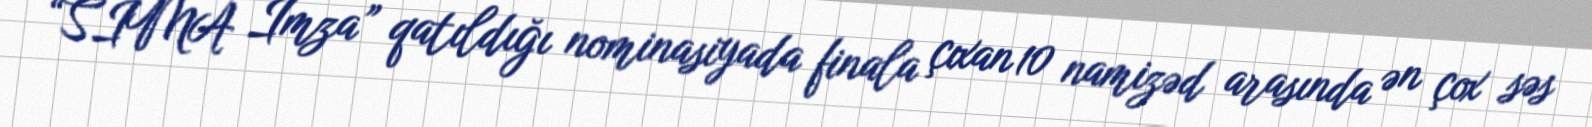
“SİMA İmza” qatıldığı nominasiyada finala çıxan 10 namizəd arasında ən çox səs